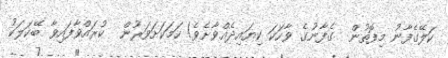
ކަލޭގެފާނު މިފޮތުން  ގެފާނުގެ ވާހަކަ ކިޔައިދެއްވާށެވެ! ހަމަކަށަވަރުން  ކުރައްވާފައިވާ ބޭކަލަކު